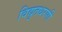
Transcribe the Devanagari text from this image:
विद्युतधरणी